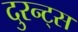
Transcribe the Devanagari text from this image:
दुरन्ट्स